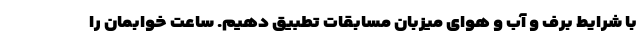
با شرایط برف و آب و هوای میزبان مسابقات تطبیق دهیم. ساعت خوابمان را